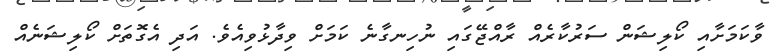
ވާކަމަށާއި ކޯލިޝަން ސަރުކާރެއް ރާއްޖޭގައި ނުހިނގާނެ ކަމަށް ވިދާޅުވިއެވެ. އަދި އެގޮތަށް ކޯލިޝަނެއް